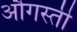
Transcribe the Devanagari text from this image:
औगस्ती